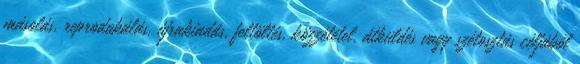
másolás, reprodukálás, újrakiadás, feltöltés, közzététel, átküldés vagy szétosztás céljából